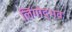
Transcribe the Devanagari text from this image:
लिंगोद्भव